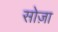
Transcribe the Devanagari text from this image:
सोज़ा